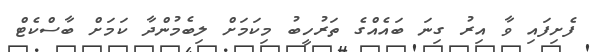
ފެށިފައި ވާ އިރު ގިނަ ބައެއްގެ ތަރުހީބު މިކަމަށް ލިބެމުންދާ ކަމަށް ބާސްކެޓް